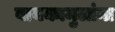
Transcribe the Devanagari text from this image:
बायकामुलांना